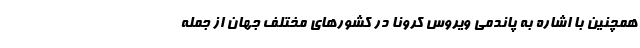
همچنین با اشاره به پاندمی ویروس کرونا در کشورهای مختلف جهان از جمله